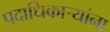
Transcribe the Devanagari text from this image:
पदाधिकाऱ्यांना